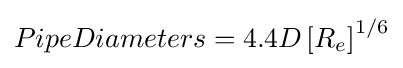
PipeDiameters=4.4D\left[R_{e}\right]^{1/6}